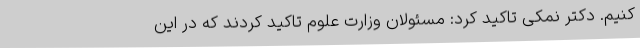
کنیم. دکتر نمکی تاکید کرد: مسئولان وزارت علوم تاکید کردند که در این